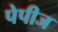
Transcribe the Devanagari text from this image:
पेपीज